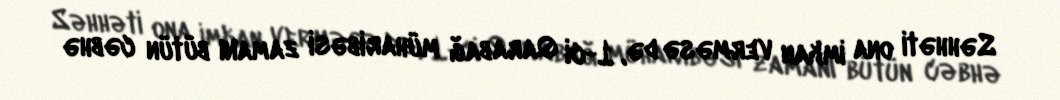
Səhhəti ona imkan verməsə də, 1-ci Qarabağ müharibəsi zamanı bütün cəbhə